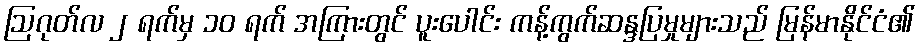
ဩဂုတ်လ ၂ ရက်မှ ၁၀ ရက် အကြားတွင် ပူးပေါင်း ကန့်ကွက်ဆန္ဒပြမှုများသည် မြန်မာနိုင်ငံ၏